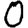
Digit: 0